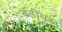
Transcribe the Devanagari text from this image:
बंडीपूर